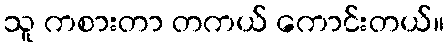
သူ ကစားတာ တကယ် ကောင်းတယ်။